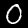
Digit: 0